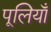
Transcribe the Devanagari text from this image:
पूलियाँ